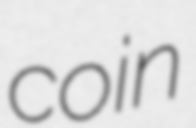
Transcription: coin